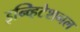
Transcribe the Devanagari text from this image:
इन्व्हिटेशनल